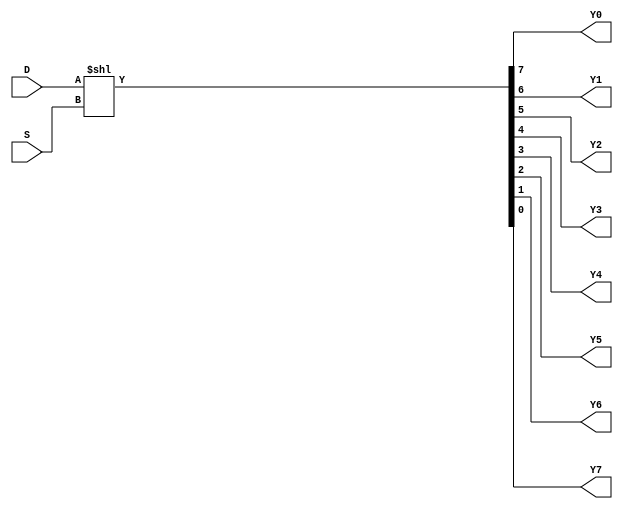
module demux(D, S, Y0,Y1,Y2,Y3,Y4,Y5,Y6,Y7);
input D;
input [2:0] S;
output Y0,Y1,Y2,Y3,Y4,Y5,Y6,Y7;
assign {Y0,Y1,Y2,Y3,Y4,Y5,Y6,Y7} = D << S;
endmodule